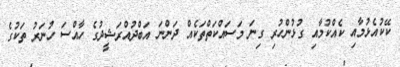
ކޭކުއެޅުމާއި ކެއްކުމާއި ގުޅުންހުރި ގިނަ މަސައްކަތްތަކެއް ދަންނަ އަބްދުއްރަޝީދުގެ ހާއްސަ ހުނަރު ތަކުގެ